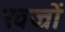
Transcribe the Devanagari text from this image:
खज्रों